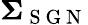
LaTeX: \boldsymbol{\Sigma}_{\mathrm{~S~G~N~}}